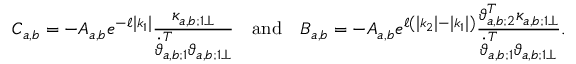
\boldsymbol { C } _ { a , b } = - A _ { a , b } e ^ { - \ell \left| k _ { 1 } \right| } \frac { \boldsymbol { \kappa } _ { a , b ; 1 \perp } } { \dot { \boldsymbol { \vartheta } } _ { a , b ; 1 } ^ { T } \boldsymbol { \vartheta } _ { a , b ; 1 \perp } } \quad \mathrm { a n d } \quad B _ { a , b } = - A _ { a , b } e ^ { \ell \left( \left| k _ { 2 } \right| - \left| k _ { 1 } \right| \right) } \frac { \boldsymbol { \vartheta } _ { a , b ; 2 } ^ { T } \boldsymbol { \kappa } _ { a , b ; 1 \perp } } { \dot { \boldsymbol { \vartheta } } _ { a , b ; 1 } ^ { T } \boldsymbol { \vartheta } _ { a , b ; 1 \perp } } .